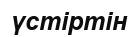
үстіртін